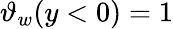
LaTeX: \vartheta_{w}(y<0)=1